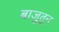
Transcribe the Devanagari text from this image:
बाजुतून